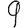
Digit: 9